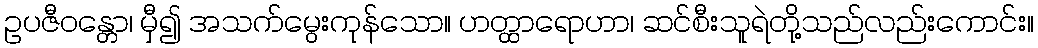
ဥပဇီဝန္တော၊ မှီ၍ အသက်မွေးကုန်သော။ ဟတ္ထာရောဟာ၊ ဆင်စီးသူရဲတို့သည်လည်းကောင်း။